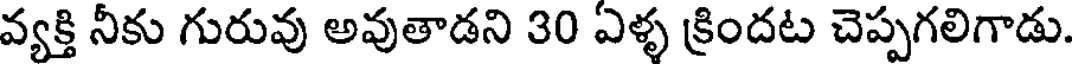
వ్యక్తి నీకు గురువు అవుతాడని 30 ఎళ్ళ క్రిందట చెప్పగలిగాడు.